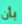
بأن